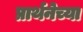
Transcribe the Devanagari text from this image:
प्रार्थनेच्या